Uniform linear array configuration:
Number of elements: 16
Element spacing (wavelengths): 0.5
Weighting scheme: exponential
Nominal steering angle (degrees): -30
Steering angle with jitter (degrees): -29.686
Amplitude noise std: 0.05
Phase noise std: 0.05

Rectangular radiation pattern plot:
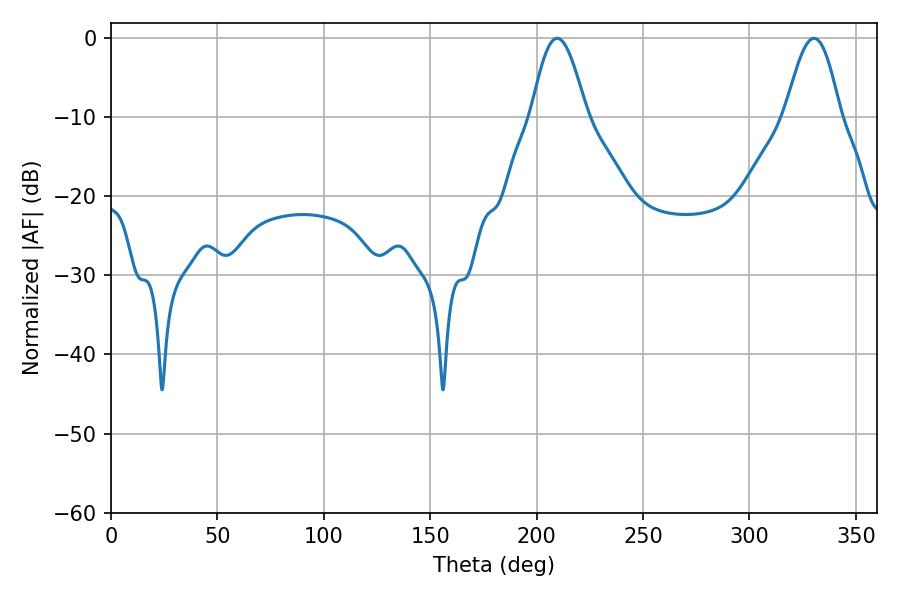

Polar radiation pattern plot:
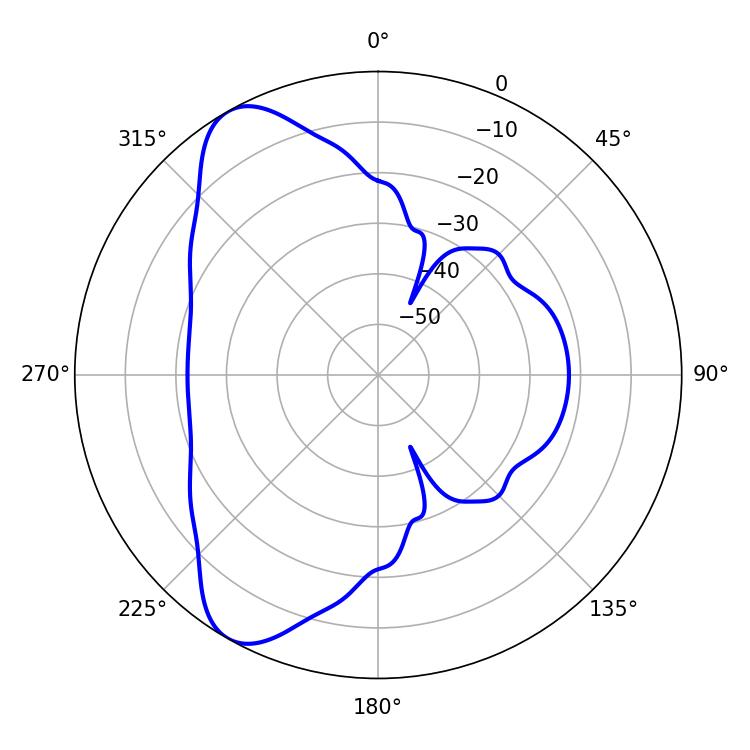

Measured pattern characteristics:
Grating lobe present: FALSE
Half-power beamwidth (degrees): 14.04
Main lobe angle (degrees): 209.7